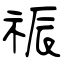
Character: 祳